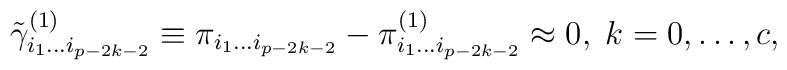
\tilde \gamma _{i_1\ldots i_{p-2k-2}}^{(1)}\equiv \pi_{i_1\ldots i_{p-2k-2}}-\pi _{i_1\ldots i_{p-2k-2}}^{(1)}\approx0,\;k=0,\ldots ,c,